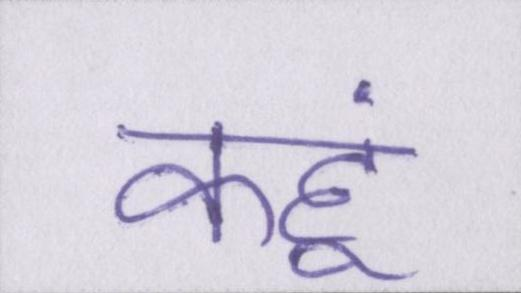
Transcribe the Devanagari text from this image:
कहूं